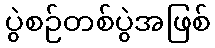
ပွဲစဉ်တစ်ပွဲအဖြစ်